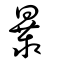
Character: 曓